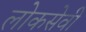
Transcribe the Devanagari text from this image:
लोकसेवी